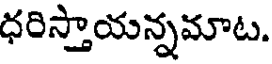
ధరిస్తాయన్నమాట.